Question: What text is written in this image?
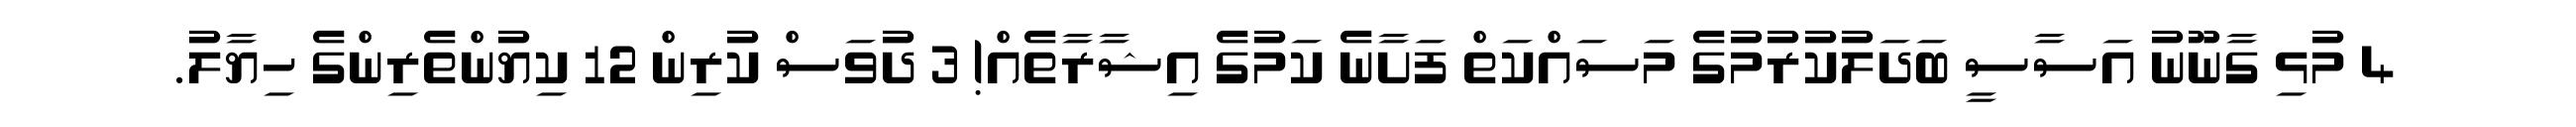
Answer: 4 މުޅި ގާނޫނު އަސާސީ ބަދަލުކުރުމުގެ މަސައްކަތް ފަށާނެ ކަމުގެ އިޝާރާތެއް! 3 ދުވަސް ކުރިން 12 ކިޔުންތެރިންގެ ހިޔާލު.